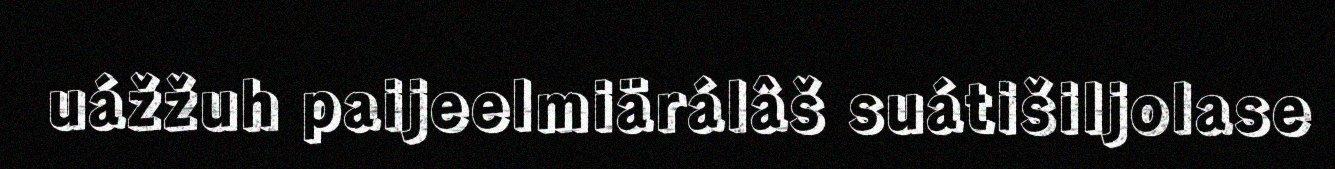
uážžuh paijeelmiärálâš suátišiljolase